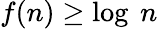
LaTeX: f(n)\geq\log~n